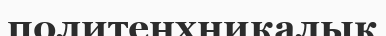
политенхникалық